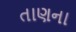
તાણના